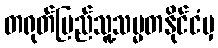
တရုတ်ပြည်သူ့သမ္မတနိုင်ငံမှ